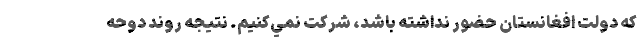
كه دولت افغانستان حضور نداشته باشد، شركت نمي‌كنيم. نتيجه روند دوحه